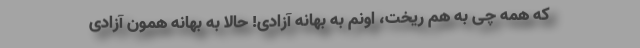
که همه چی به هم ریخت، اونم به بهانه آزادی! حالا به بهانه همون آزادی